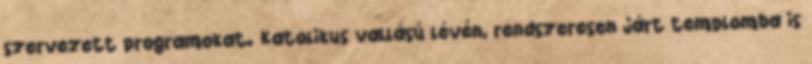
szervezett programokat. Katolikus vallású lévén, rendszeresen járt templomba is